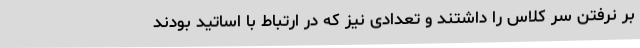
بر نرفتن سر کلاس‌ را داشتند و تعدادی نیز که در ارتباط با اساتید بودند